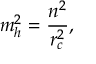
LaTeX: m _ { h } ^ { 2 } = \frac { n ^ { 2 } } { r _ { c } ^ { 2 } } ,